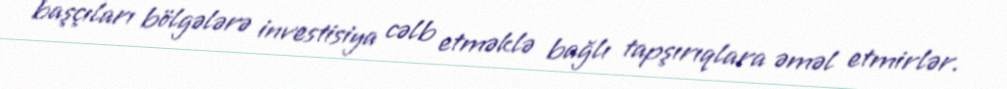
başçıları bölgələrə investisiya cəlb etməklə bağlı tapşırıqlara əməl etmirlər.